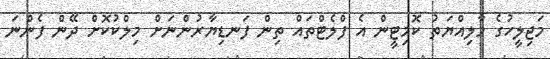
މަޖިލީހުގެ މާލިއްޔަތު ކޮމިޓީން އެ ފްލެޓްތައް ތިން ފަނޑިޔާރުންނަށް މިލްކުކޮށް ދޭން ފެންނަ